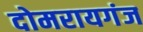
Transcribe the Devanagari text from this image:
दोमरायगंज